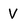
Character: V